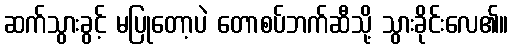
ဆက်သွားခွင့် မပြုတော့ပဲ တောစပ်ဘက်ဆီသို့ သွားခိုင်းလေ၏။